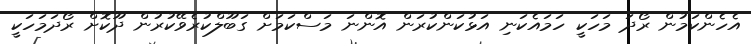
އެހެންކަމުން ރޯދަ މަހަކީ ހަމައެކަނި އަޅުކަންކުރަން އޮންނަ މަސްކަމަށް ގަބޫލްކުރެވޭކުރުން ދޫކޮށް ރޯދަމަހަކީ